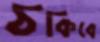
ঠকিবে